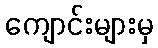
ကျောင်းများမှ